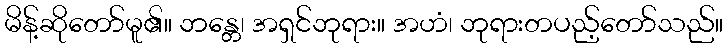
မိန့်ဆိုတော်မူ၏။ ဘန္တေ၊ အရှင်ဘုရား။ အဟံ၊ ဘုရားတပည့်တော်သည်။